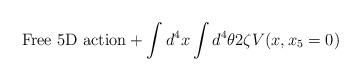
LaTeX: \begin{align*}\mbox{Free 5D action} + \int d^4x \int d^4 \theta2 \zeta V(x,x_5=0)\end{align*}